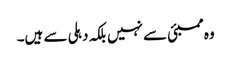
وہ ممبئی سے نہیں بلکہ دہلی سے ہیں۔